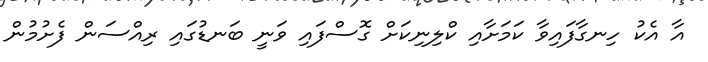
އާ އެކު ހިނގާފައިވާ ކަމަށާއި ކްލިނިކަށް ގޮސްފައި ވަނީ ބަނޑުގައި ރިއްސަން ފެށުމުން